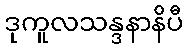
ဒုကူလသန္ဒနာနိပီ